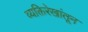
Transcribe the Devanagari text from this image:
व्यक्तिरेखांतून